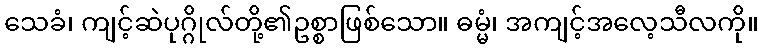
သေခံ၊ ကျင့်ဆဲပုဂ္ဂိုလ်တို့၏ဥစ္စာဖြစ်သော။ ဓမ္မံ၊ အကျင့်အလေ့သီလကို။